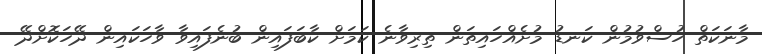
މާނަކަތް ހުސްވުމުން ކަނޑު މުށެއްހައިތަން ތިރިވާނެ ކަމަށް ކާބަފައިން ބުނެފައިވާ ވާހަކައިން ދޭހަކޮށްދޭ